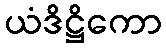
ယံဒိဋ္ဌိကော